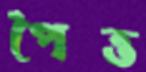
পৈত্ত